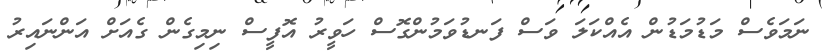
ނަމަވެސް މަޑުމަޑުން އެއްކަލަ ވަސް ފަނޑުވަމުންގޮސް ހަވީރު އޮފީސް ނިމިގެން ގެއަށް އަންނައިރު